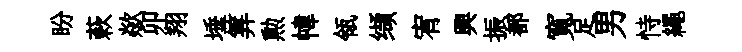
盼蔌歘卯翔埵筭勲幃瓴缬宥興振都寬足男恃繩